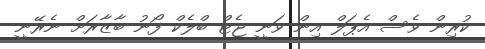
ކުރިން ވެސް އެޕަލް އިން ވަނީ ޖެޓް ބްލެކް ފޯނު ބާޒާރަށް ނެރޭނީ